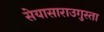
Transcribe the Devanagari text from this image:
सेयासाराउगुस्ता